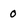
Character: 0